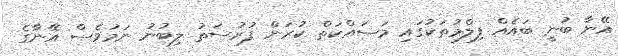
އޭނާ ބުނީ ބައެއް ފިލްމުތަކުގައި މަސައްކަތް ކުރަން ފުރުސަތު ލިބުނު ނަމަވެސް އޭނާގެ